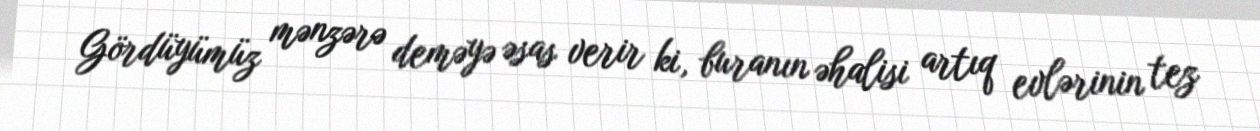
Gördüyümüz mənzərə deməyə əsas verir ki, buranın əhalisi artıq evlərinin tez